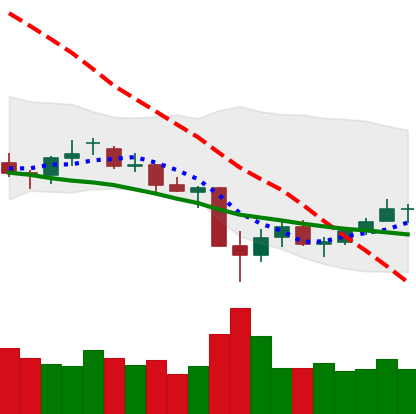
Ticker: LTC-USD
Chart end date: 2021-06-30
Forward return: -4.206%
Label: down_3_5